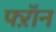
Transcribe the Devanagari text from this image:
फ्ऱॉन